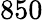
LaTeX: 850